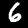
Label: 6